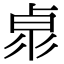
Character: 𠧻